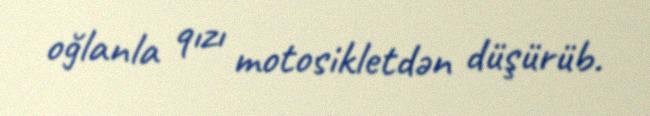
oğlanla qızı motosikletdən düşürüb.